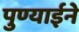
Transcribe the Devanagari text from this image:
पुण्याईने